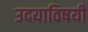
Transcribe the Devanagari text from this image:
उदयाविषयी